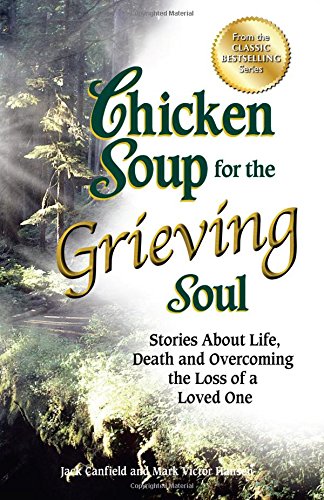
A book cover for Chicken Soup for the Grieving Soul: Stories About Life, Death and Overcoming the Loss of a Loved One (Chicken Soup for the Soul); Jack Canfield; Self-Help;